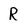
Character: R